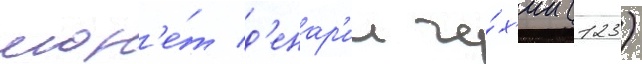
мон'е́т д'енар'ии че́х'ии (123)